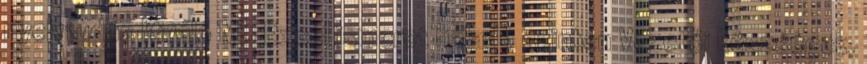
nyelvtudás Kiváló MS Excel ismeret haladó szinten Vezetői készségek,